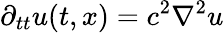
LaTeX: \partial_{tt}u(t,x)=c^{2}\nabla^{2}u